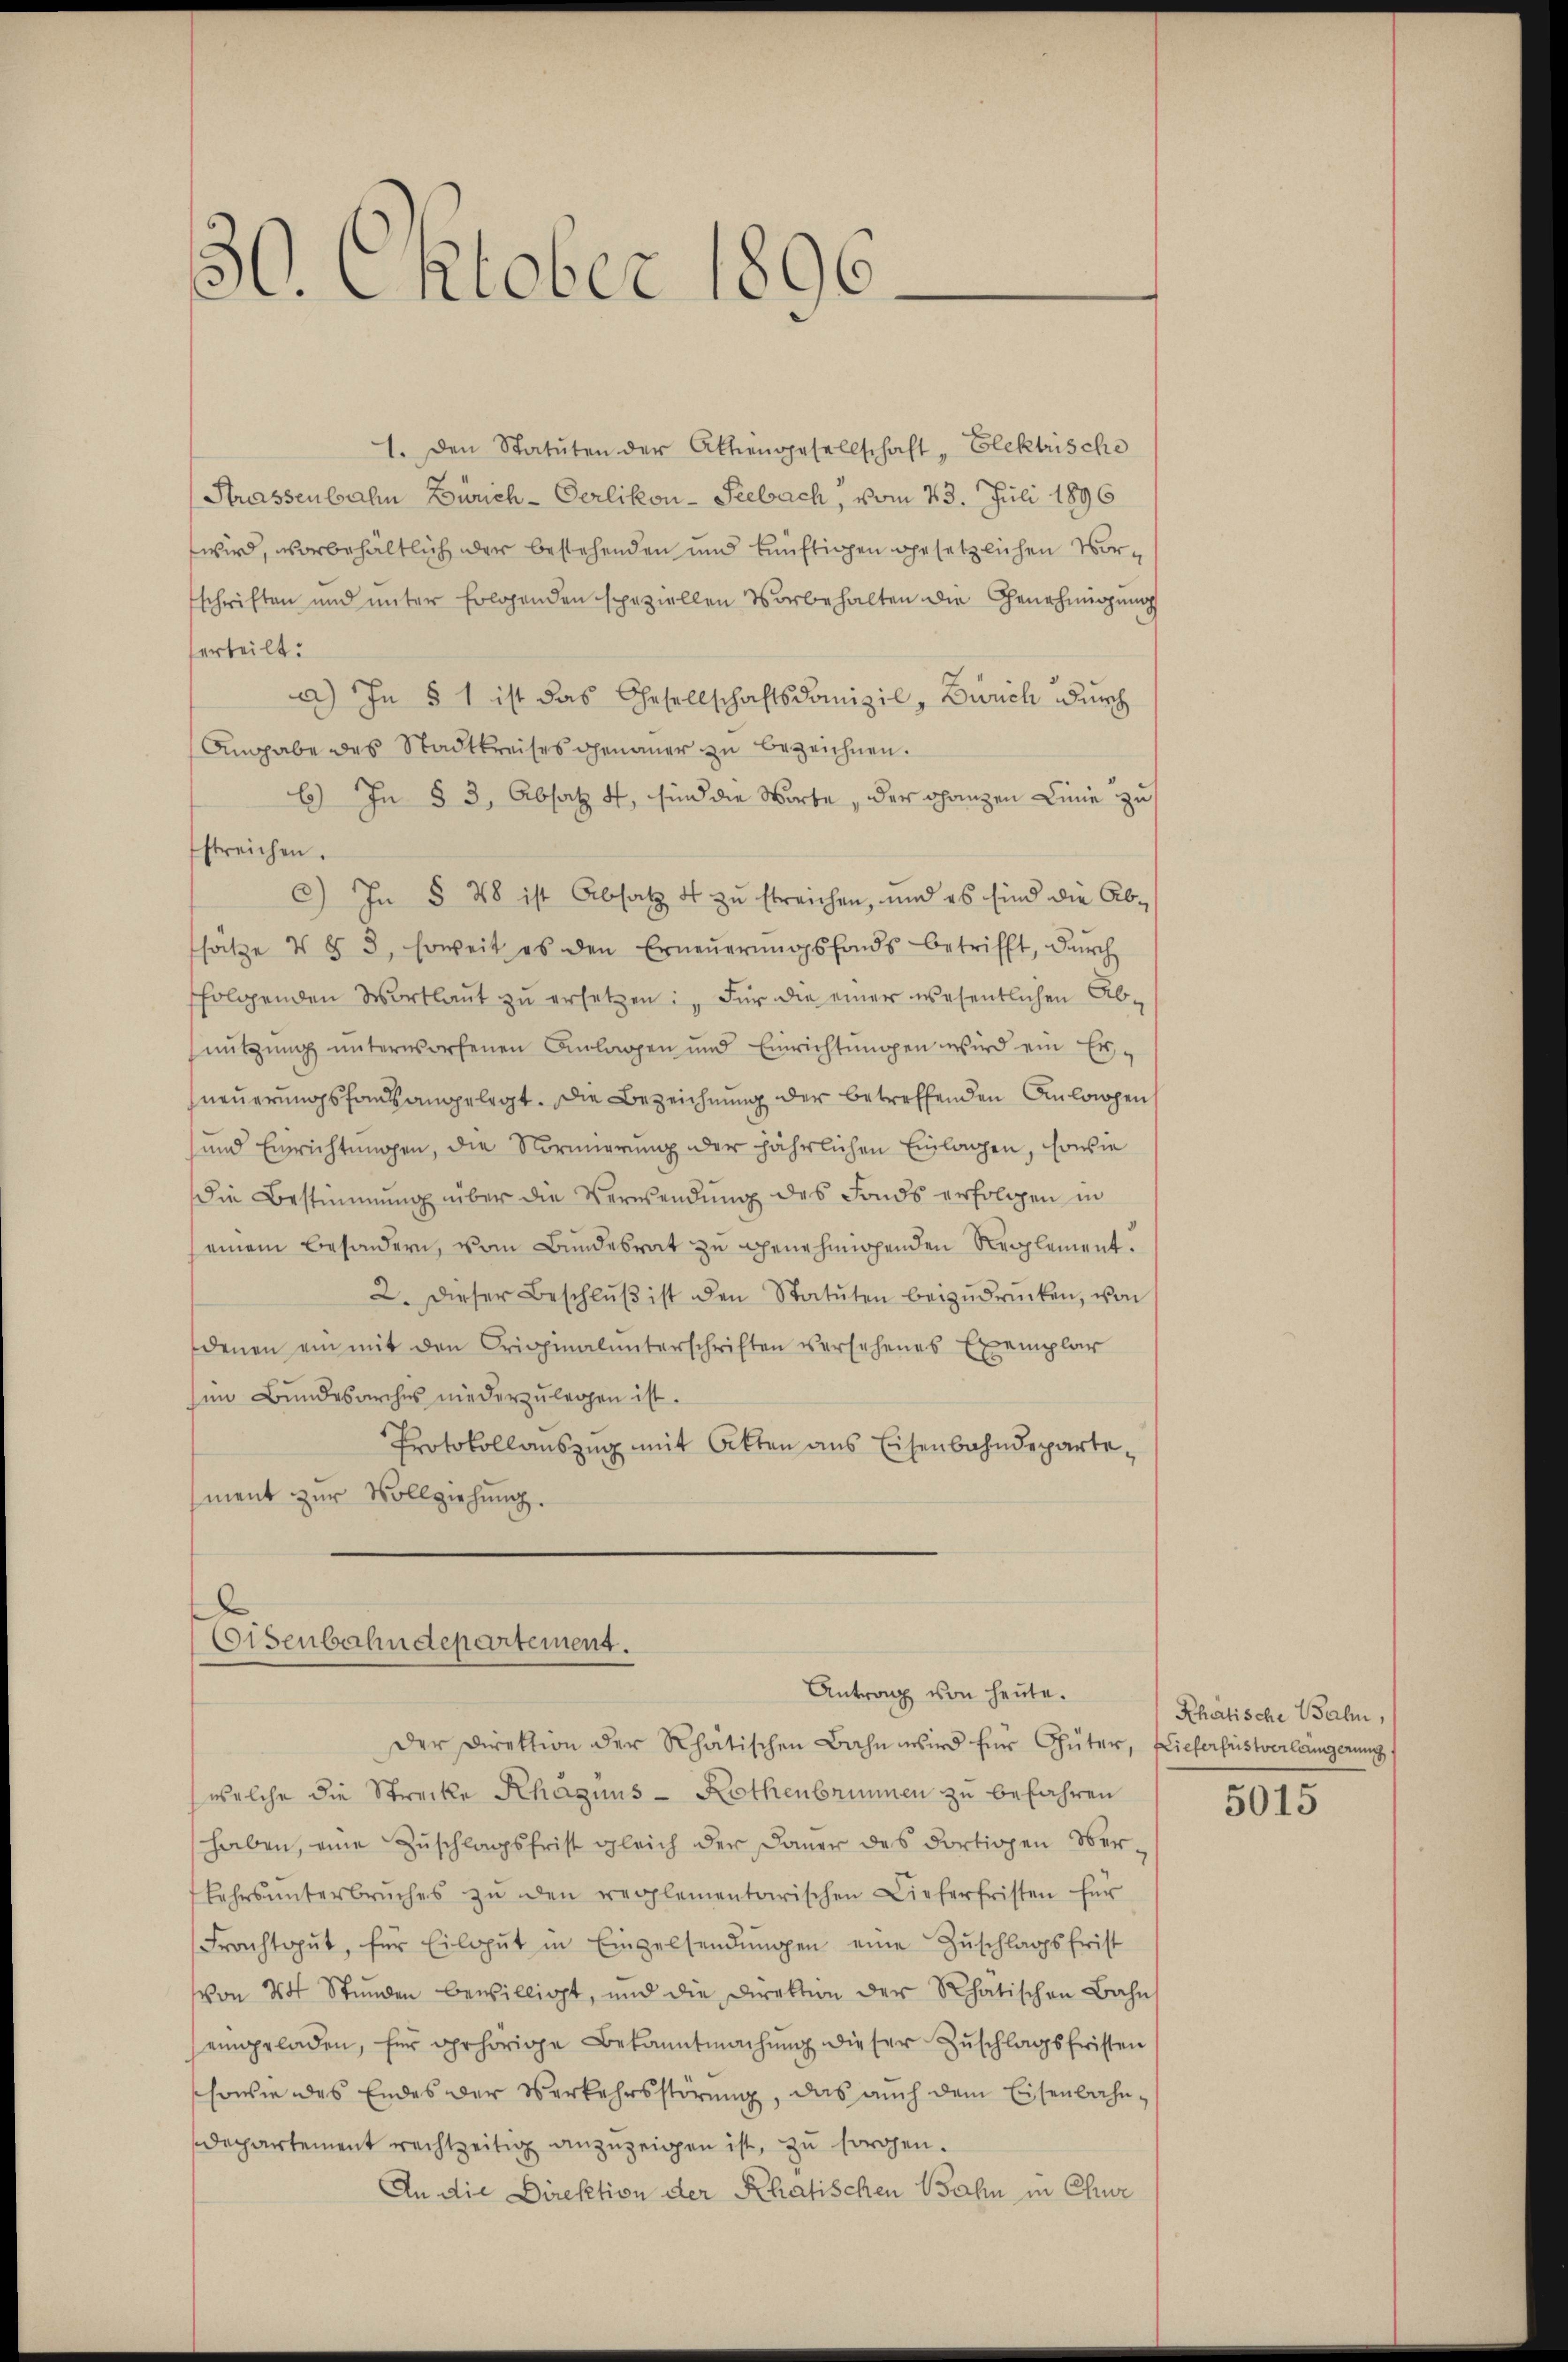
30. Oktober 1896

1. Den Statuten der Aktiengesellschaft, Elektrische
Strassenbahn Zürich-Oerlikon-Seebach, vom 23. Juli 1896
wird, vorbehältlich der bestehenden und künftigen gesetzlichen Vorschriften und unter Erlagenden speziellen Vorbehalten die Genehmigung
serteilt:
a) In § 1 ist das Gesellschaftsdomizil, Zürich durch
Angabe des Stadtkreises genauer zu bezeichnen.
b) In § 3, Absatz 4, sind die Worte, der ganzen Linie zu
streichen.
c) In § 48 ist Absatz 4 zu streichen, und es sind die Absätze 4 § 3, soweit es den Erneŭerŭngsfonds betrifft, dŭrch
folgenden Wortlaut zu ersetzen: „Für die einer wesentlichen Abnützung unterworfenen Anlagen und Einrichtŭngen wird ein Erneuerungsfandsangelegt. Die Bezeichnung der betreffenden Anlagen,
und Einrichtungen, die Normierung der jährlichen Einlagen, sowie
Die Bestimmung über die Verwendŭng des Fonds erfolgen in
seinem besondern, vom Bundesrat zu genehmigenden Reglement.
2. Dieser Beschlŭβ ist den Statuten beizŭdrücken, von
denen ein mit den Originalunterschriften versehenes Exemplar
sen Bundesarches niederzulegen ist.
Protokollauszug mit Akten aus Eisenbahndepartement zur Vollziehung.
Eisenbahndepartement.
Antrag von heute.

der Direktion der Rhätischen Bahn wird für Güter, Liefersüstverlangerung
welche die Strecke Rhagnus - Rothenbrunnen zu befahren
haben, eine Zuschlagsfrist gleich der Dauer des dortigen Ober¬
Lehrsŭnterbrŭches zŭ den reglementarischen Lieferfristen für
Frachtgut, für Eilaŭt in Einzelsendŭngen eine Zŭschlagsfrist
von 4 Stunden bewilligt, und die Direktion der Rhätischen Bahn
eingeladen, für gehörige Bekanntmachŭng dieser Zŭschlagsfristen
ssowie des Endes der Verkehrsstörung, das auch dem Eisenbahndepartement rechtzeitig anzuzeigen ist, zu sorgen.
An die Direktion der Rhatischen Bahn in Chur

Rhätische Balm,

5015